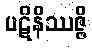
ပဋိနိဿဇ္ဇိ